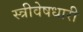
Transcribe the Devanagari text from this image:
स्त्रीवेषधारी